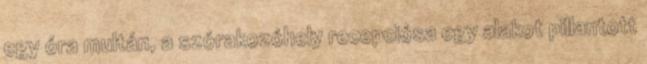
egy óra multán, a szórakozóhely recepciósa egy alakot pillantott